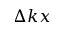
\Delta k x